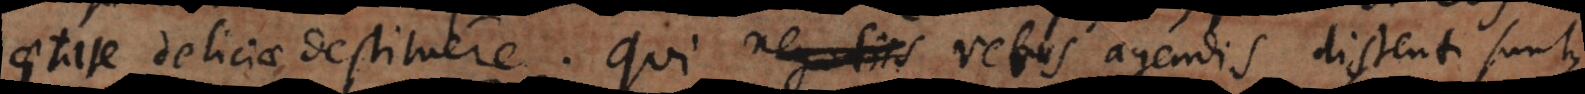
aetate deliciae destituere. Qui negotiis rebus agendis distenti sunt,